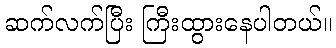
ဆက်လက်ပြီး ကြီးထွားနေပါတယ်။